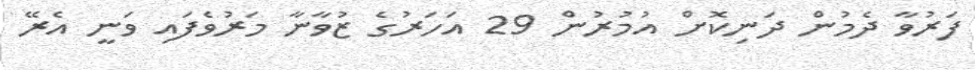
ފަރުވާ ދެމުން ދަނިކޮށް އުމުރުން 29 އަހަރުގެ ޒުވާނާ މަރުވެފައި ވަނީ އެރޭ